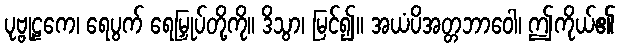
ပုဗ္ဗုဠကေ၊ ရေပွက် ရေမြှုပ်တို့ကို။ ဒိသွာ၊ မြင်၍။ အယံပိအတ္တဘာဝေါ၊ ဤကိုယ်၏